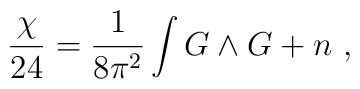
{\chi \over 24} = {1\over 8\pi^2}\int G \wedge G + n \ ,